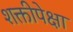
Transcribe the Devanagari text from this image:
शक्तीपेक्षा